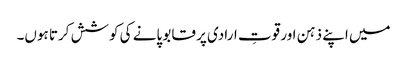
میں اپنے ذہن اور قوتِ ارادی پر قابو پانے کی کوشش کرتا ہوں۔